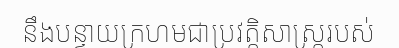
នឹងបន្ទាយក្រហមជាប្រវត្តិសាស្ត្ររបស់